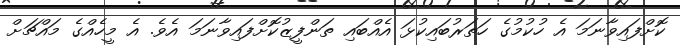
ކޮށްފައިވާނަމަ އެ ހުކުމުގެ ހަތަރުބައިކުޅަ އެއްބައި ތަންފީޒުކޮށްފައިވާނަމަ އެވެ. އެ މީހެއްގެ މައްޗަށް